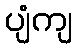
ပျံကျ